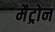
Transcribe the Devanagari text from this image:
मैट्रोन